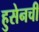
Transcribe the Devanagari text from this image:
हुसेनची